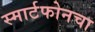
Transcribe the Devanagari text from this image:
स्मार्टफोनचा